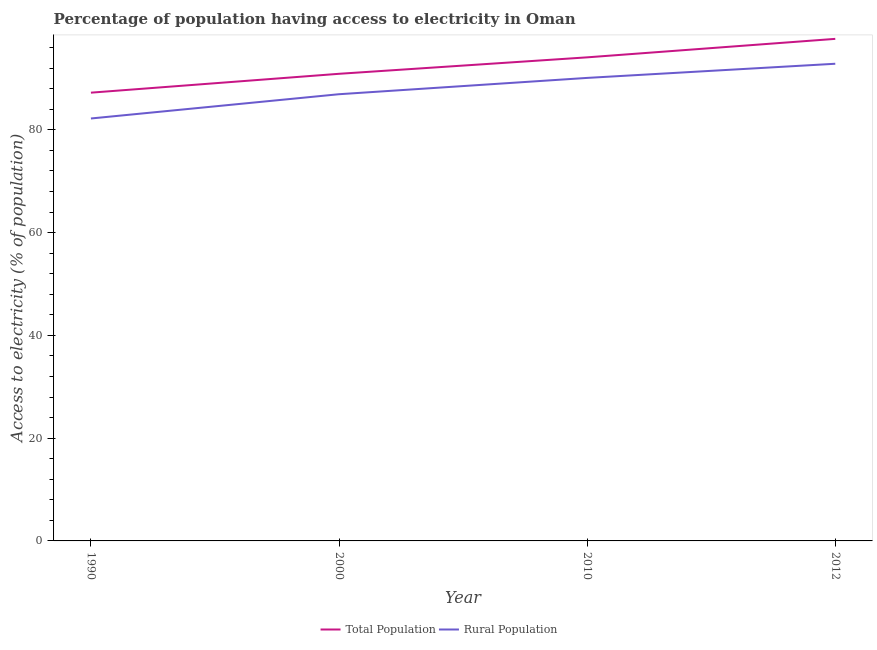
| Year | Total Population | Rural Population |
 | --- | --- | --- |
 | 1990 | 87.2 | 82.2 |
 | 2000 | 90.9 | 86.9 |
 | 2010 | 94.1 | 90.1 |
 | 2012 | 97.7 | 92.9 |